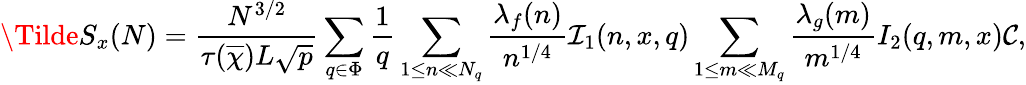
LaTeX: \Tilde{S}_{x}(N)=\frac{N^{3/2}}{\tau(\overline{{\chi}})L\sqrt{p}}\sum_{q\in\Phi}\frac{1}{q}\sum_{1\leq n\ll N_{q}}\frac{\lambda_{f}(n)}{n^{1/4}}\mathcal{I}_{1}(n,x,q)\sum_{1\leq m\ll M_{q}}\frac{\lambda_{g}(m)}{m^{1/4}}I_{2}(q,m,x)\mathcal{C},